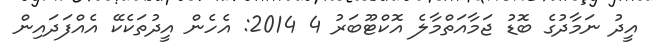
އީދު ނަމާދުގެ ބޮޑު ޖަމާއަތްމާލެ އޮކްޓޫބަރު 4 2014: އެހެން އީދުތަކެކޭ އެއްފަދައިން